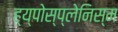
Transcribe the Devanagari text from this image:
ह्य्पोस्प्लेनिस्म